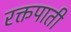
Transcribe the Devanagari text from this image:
रक्तपाती